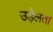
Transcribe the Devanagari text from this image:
उड़ेलता